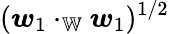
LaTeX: (\boldsymbol{w}_{1}\cdot_{\mathbb{W}}\boldsymbol{w}_{1})^{1/2}